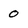
Character: 0